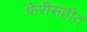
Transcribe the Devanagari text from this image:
फेरीसहीत